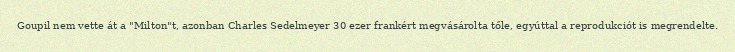
Goupil nem vette át a "Milton"t, azonban Charles Sedelmeyer 30 ezer frankért megvásárolta tőle, egyúttal a reprodukciót is megrendelte.